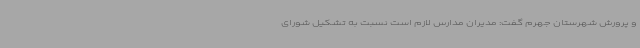
و پرورش شهرستان جهرم گفت: مدیران مدارس لازم است نسبت به تشکیل شورای